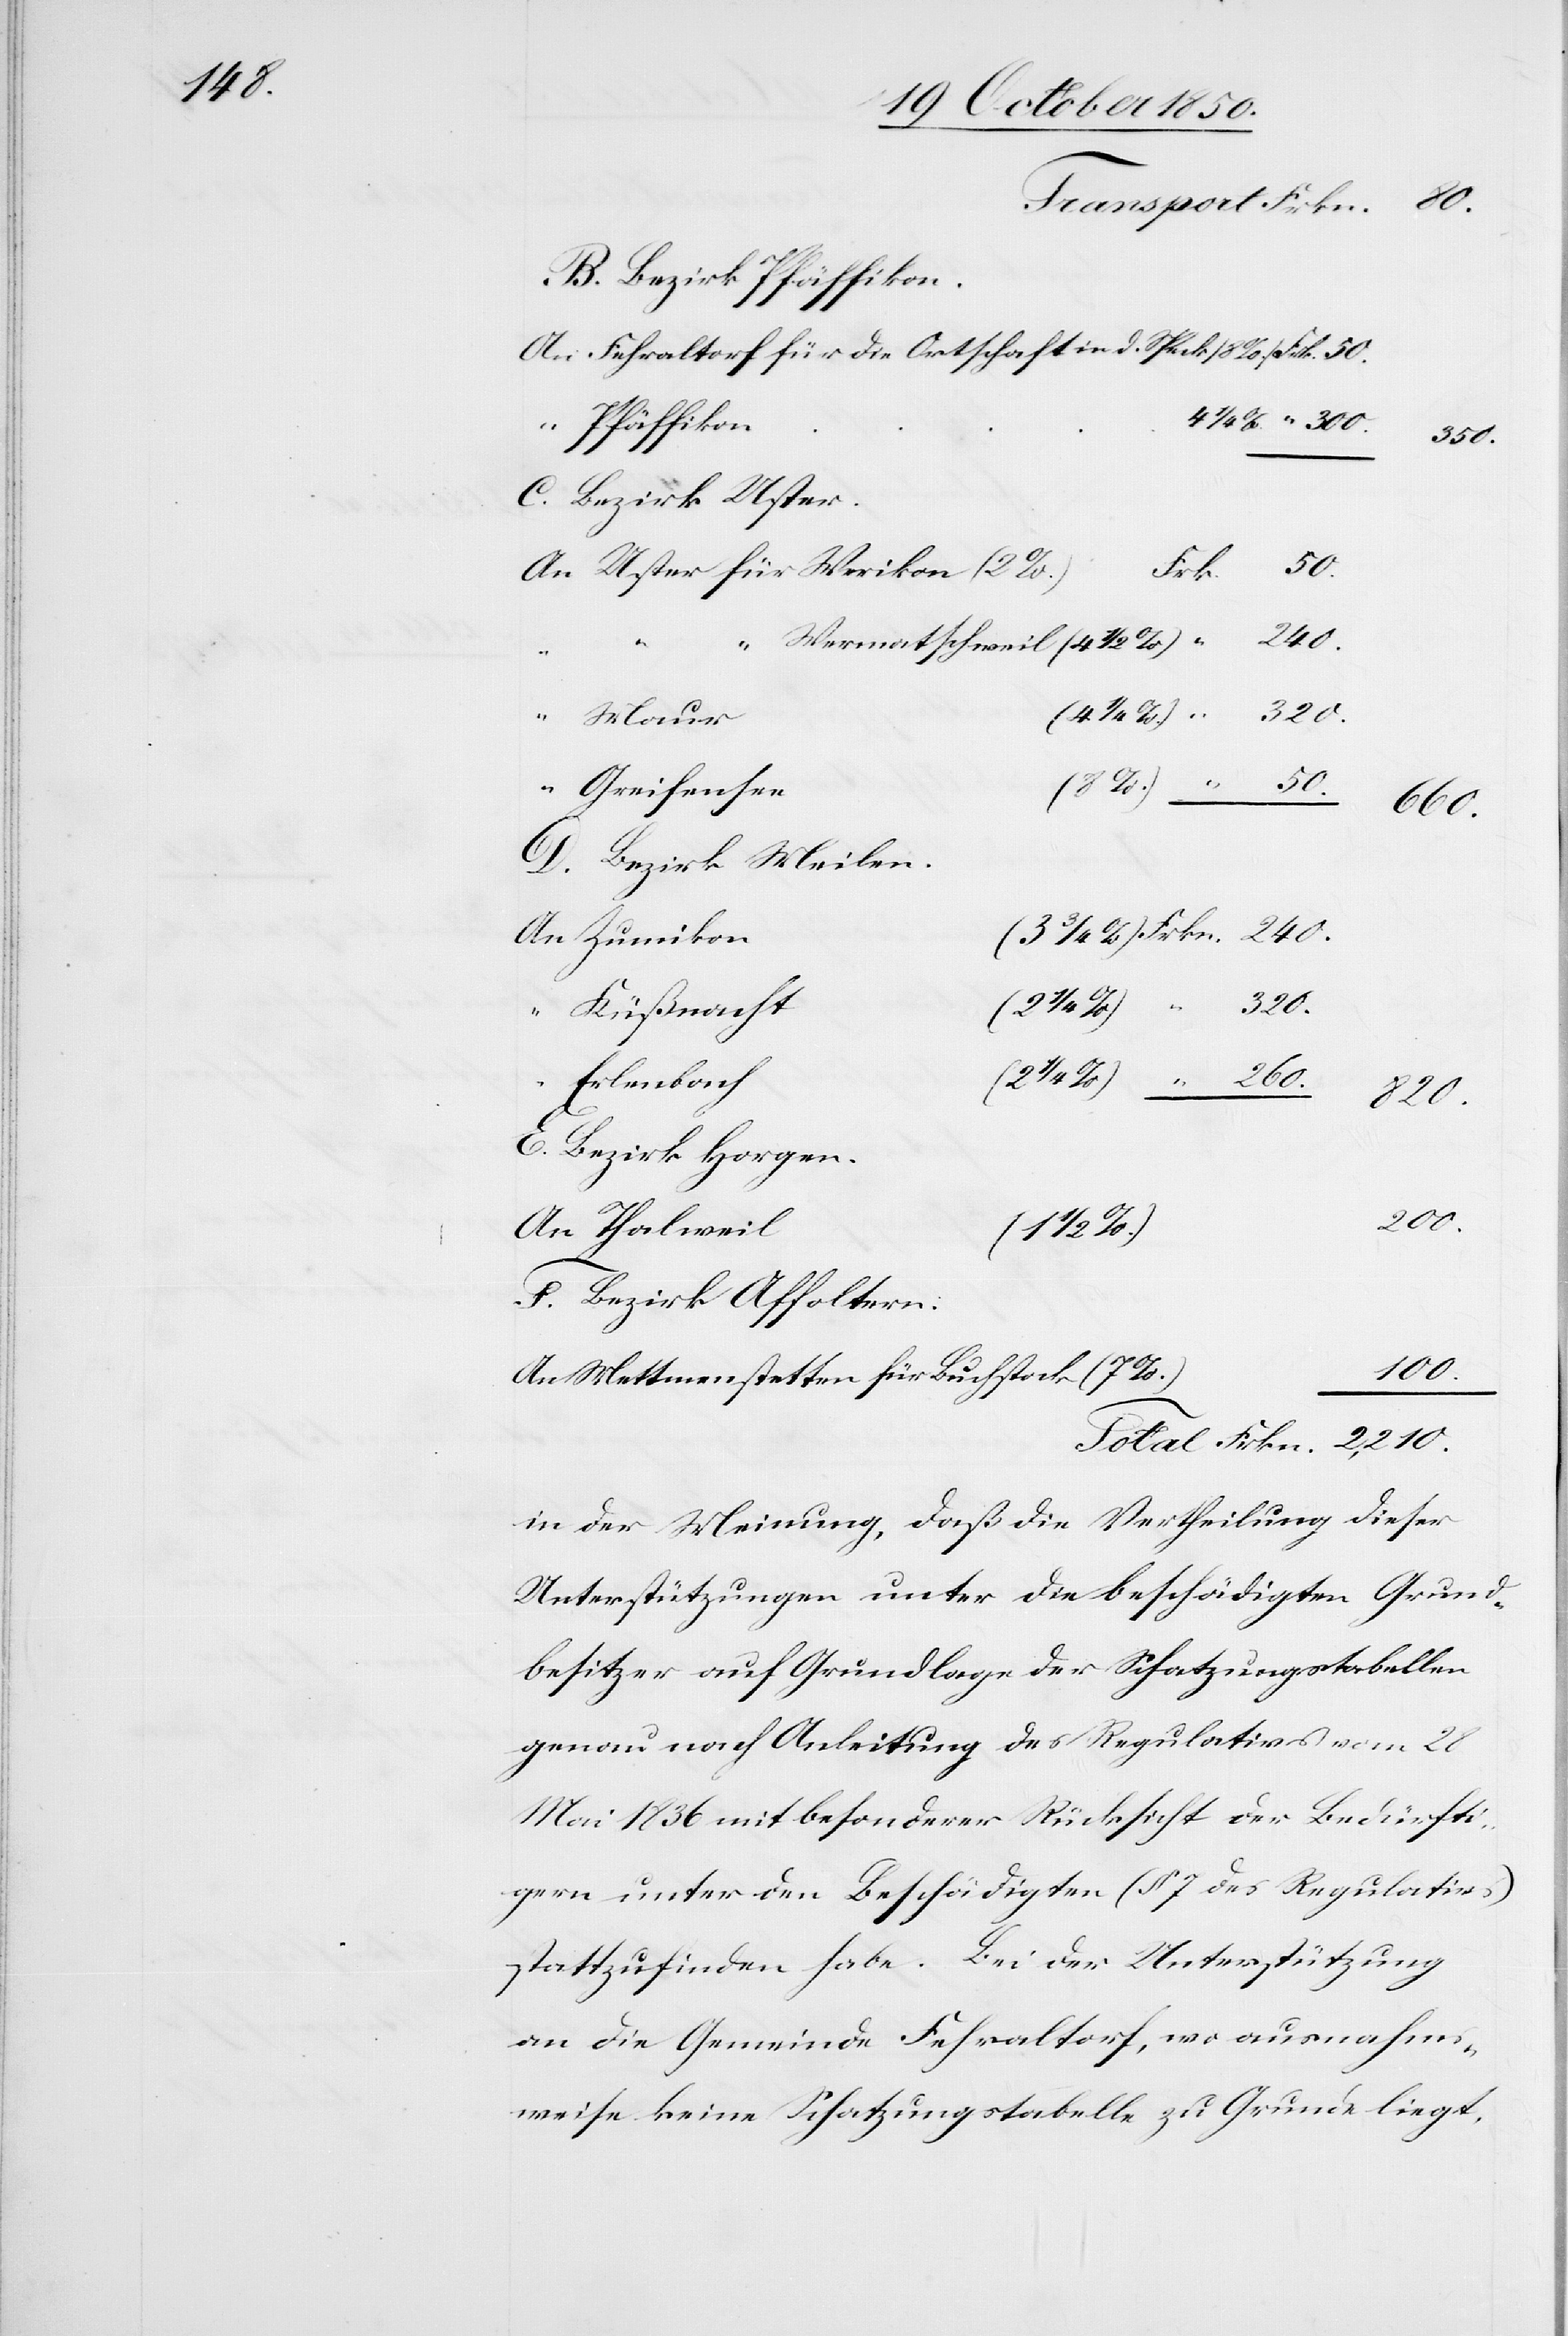
240.

B. Bezirk Pfäffikon.
An Fehraltorf für die Ortschaft in d. Speck
“ Pfäffikon
C. Bezirk Uster.
An Uster für Werikon
Frkn. 80.
260.
“ Greifensee
Frkn.
D. Bezirk Meilen.
An Zumikon
200.
Küßnacht
“
Erlenbach
2,210.
E. Bezirk Horgen.
An Thalweil
F. Bezirk Affoltern:
100.
An Mettmenstetten für Buchstock
in der Meinung, daß die Vertheilung dieser
Unterstützungen unter die beschädigten Grund¬
besitzer auf Grundlage der Schatzungstabellen
genau nach Anleitung des Regulativs vom 28.
Mai 1836 mit besonderer Rücksicht der Bedürfti¬
gern unter den Beschädigten (§ 7 des Regulativs)
stattzufinden habe. Bei der Unterstützung
an die Gemeinde Fehraltorf, wo ausnahms¬
weise keine Schatzungstabelle zu Grunde liegt,